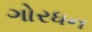
ગોરધન